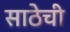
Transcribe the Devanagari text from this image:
साठेची